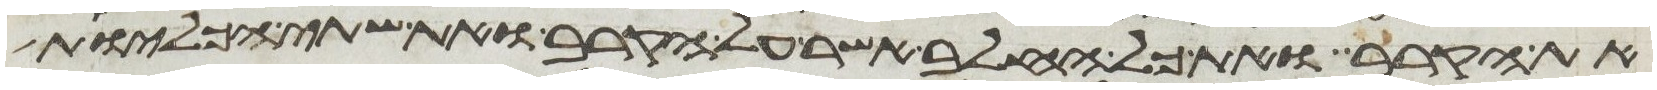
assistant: את הקרב ואת כל החלב אשר על הקרב ואת שתי הכליות